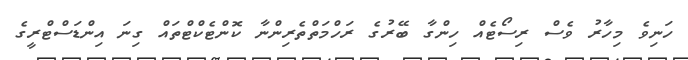
ހަނިވެ މިހާރު ވެސް ރިސޯޓެއް ހިންގާ ބޭރުގެ ރަހްމަތްތެރިންނާ ކޮންޓެކްޓްތައް ގިނަ އިންޑަސްޓްރީގެ